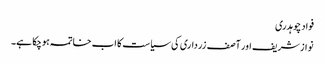
فواد چوہدری
نوازشریف اور آصف زرداری کی سیاست کا اب خاتمہ ہوچکا ہے۔